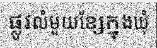
ផ្លូវលំមួយខ្សែក្នុងឃុំ